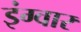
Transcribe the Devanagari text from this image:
इंग्वार